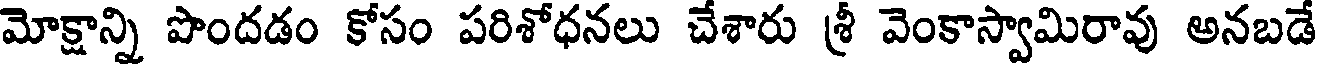
మోక్షాన్ని పొందడం కోసం పరిశోధనలు చేశారు శ్రీ వెంకాస్వామిరావు అనబడే